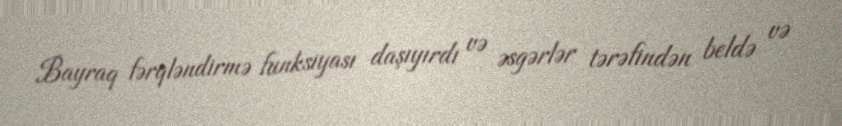
Bayraq fərqləndirmə funksiyası daşıyırdı və əsgərlər tərəfindən beldə və